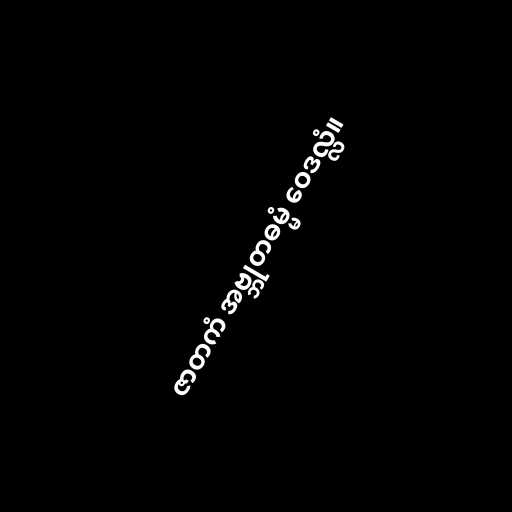
ဇာတကံ အဗ္ဘုတဓမ္မံ ဝေဒလ္လံ။